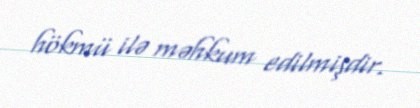
hökmü ilə məhkum edilmişdir.